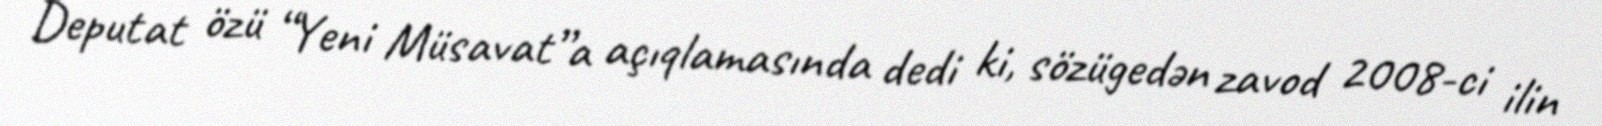
Deputat özü “Yeni Müsavat”a açıqlamasında dedi ki, sözügedən zavod 2008-ci ilin